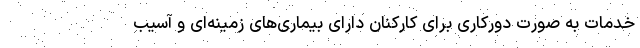
خدمات به صورت دورکاری برای کارکنان دارای بیماری‌های زمینه‌ای و آسیب